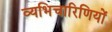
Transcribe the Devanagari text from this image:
व्यभिचारिणियों